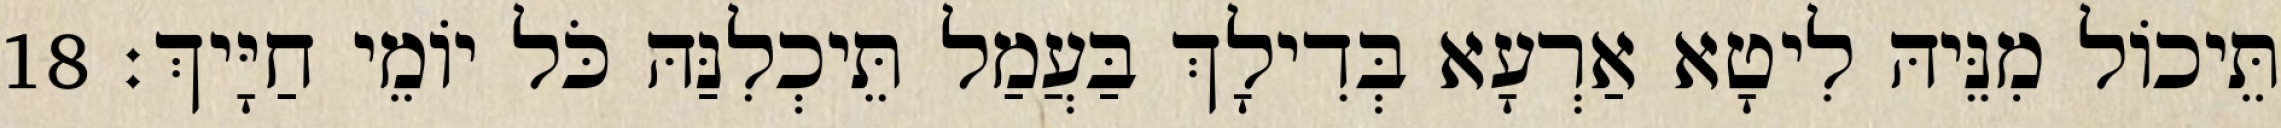
תֵּיכוֹל מִנֵּיהּ לִיטָא אַרְעָא בְּדִילָךְ בַּעֲמַל תֵּיכְלִנַּהּ כֹּל יוֹמֵי חַיָּיךְ׃ 18